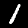
Label: 1